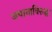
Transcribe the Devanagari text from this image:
जपानाविरुद्ध